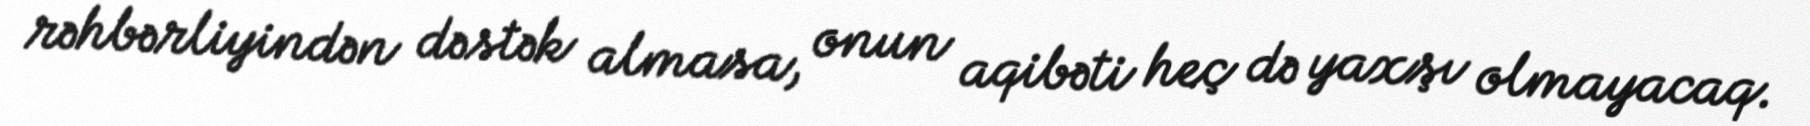
rəhbərliyindən dəstək almasa, onun aqibəti heç də yaxşı olmayacaq.